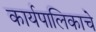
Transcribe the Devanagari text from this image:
कार्यपालिकाचे